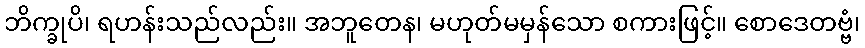
ဘိက္ခုပိ၊ ရဟန်းသည်လည်း။ အဘူတေန၊ မဟုတ်မမှန်သော စကားဖြင့်။ စောဒေတဗ္ဗံ၊